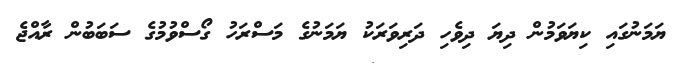
ޔަމަނުގައި ކިޔަވަމުން ދިޔަ ދިވެހި ދަރިވަރަކު ޔަމަނުގެ މަސްރަހު ގޯސްވުމުގެ ސަބަބުން ރާއްޖެ